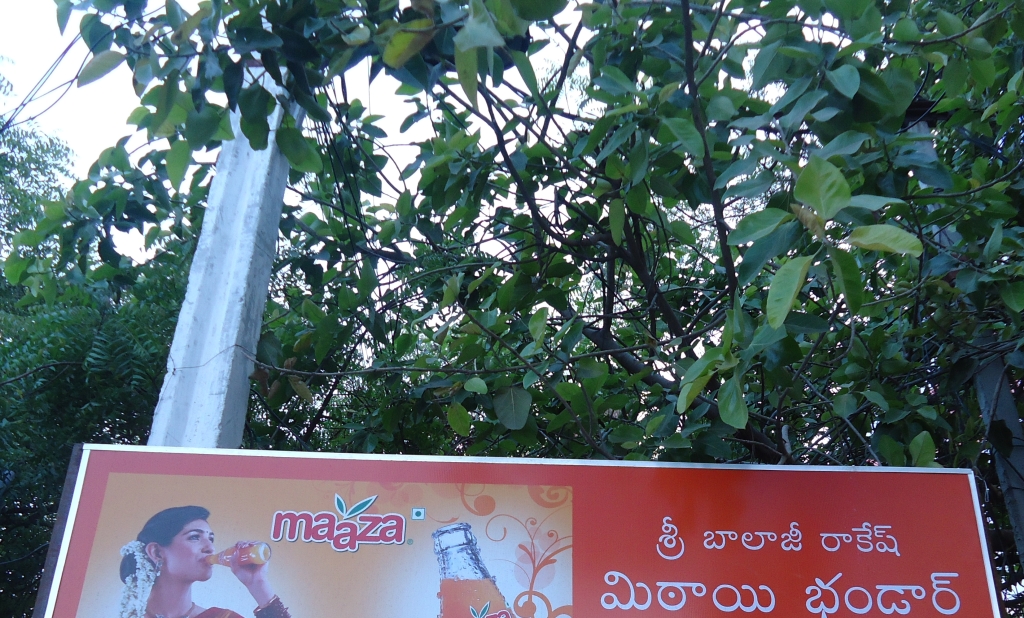
Language: telugu
Transcription: బాలాజీ రాకేష్ భండార్ మిఠాయి